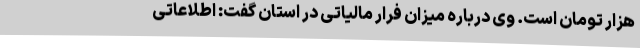
هزار تومان است. وی درباره میزان فرار مالیاتی در استان گفت: اطلاعاتی